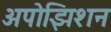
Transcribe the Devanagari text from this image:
अपोझिशन